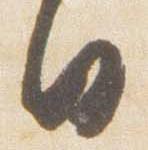
日